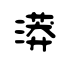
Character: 漭